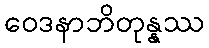
ဝေဒနာဘိတုန္နဿ